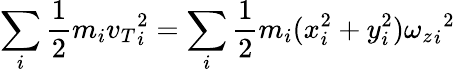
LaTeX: \sum_{i}{\frac{1}{2}}m_{i}{v_{T}}_{i}^{2}=\sum_{i}{\frac{1}{2}}m_{i}(x_{i}^{2}+y_{i}^{2}){{\omega_{z}}_{i}}^{2}